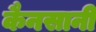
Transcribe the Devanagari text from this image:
कैनसानी